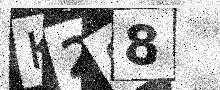
Text: K288